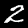
Digit: 2